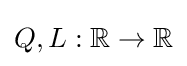
Q,L:\mathbb {R} \to \mathbb {R}